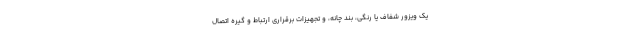
یک ویزور شفاف یا رنگی، بند چانه، و تجهیزات برقراری ارتباط و گیره اتصال